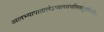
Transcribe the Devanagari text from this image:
अलभ्यापातालेऽप्यलसचलितांगुष्ठशिरसि।